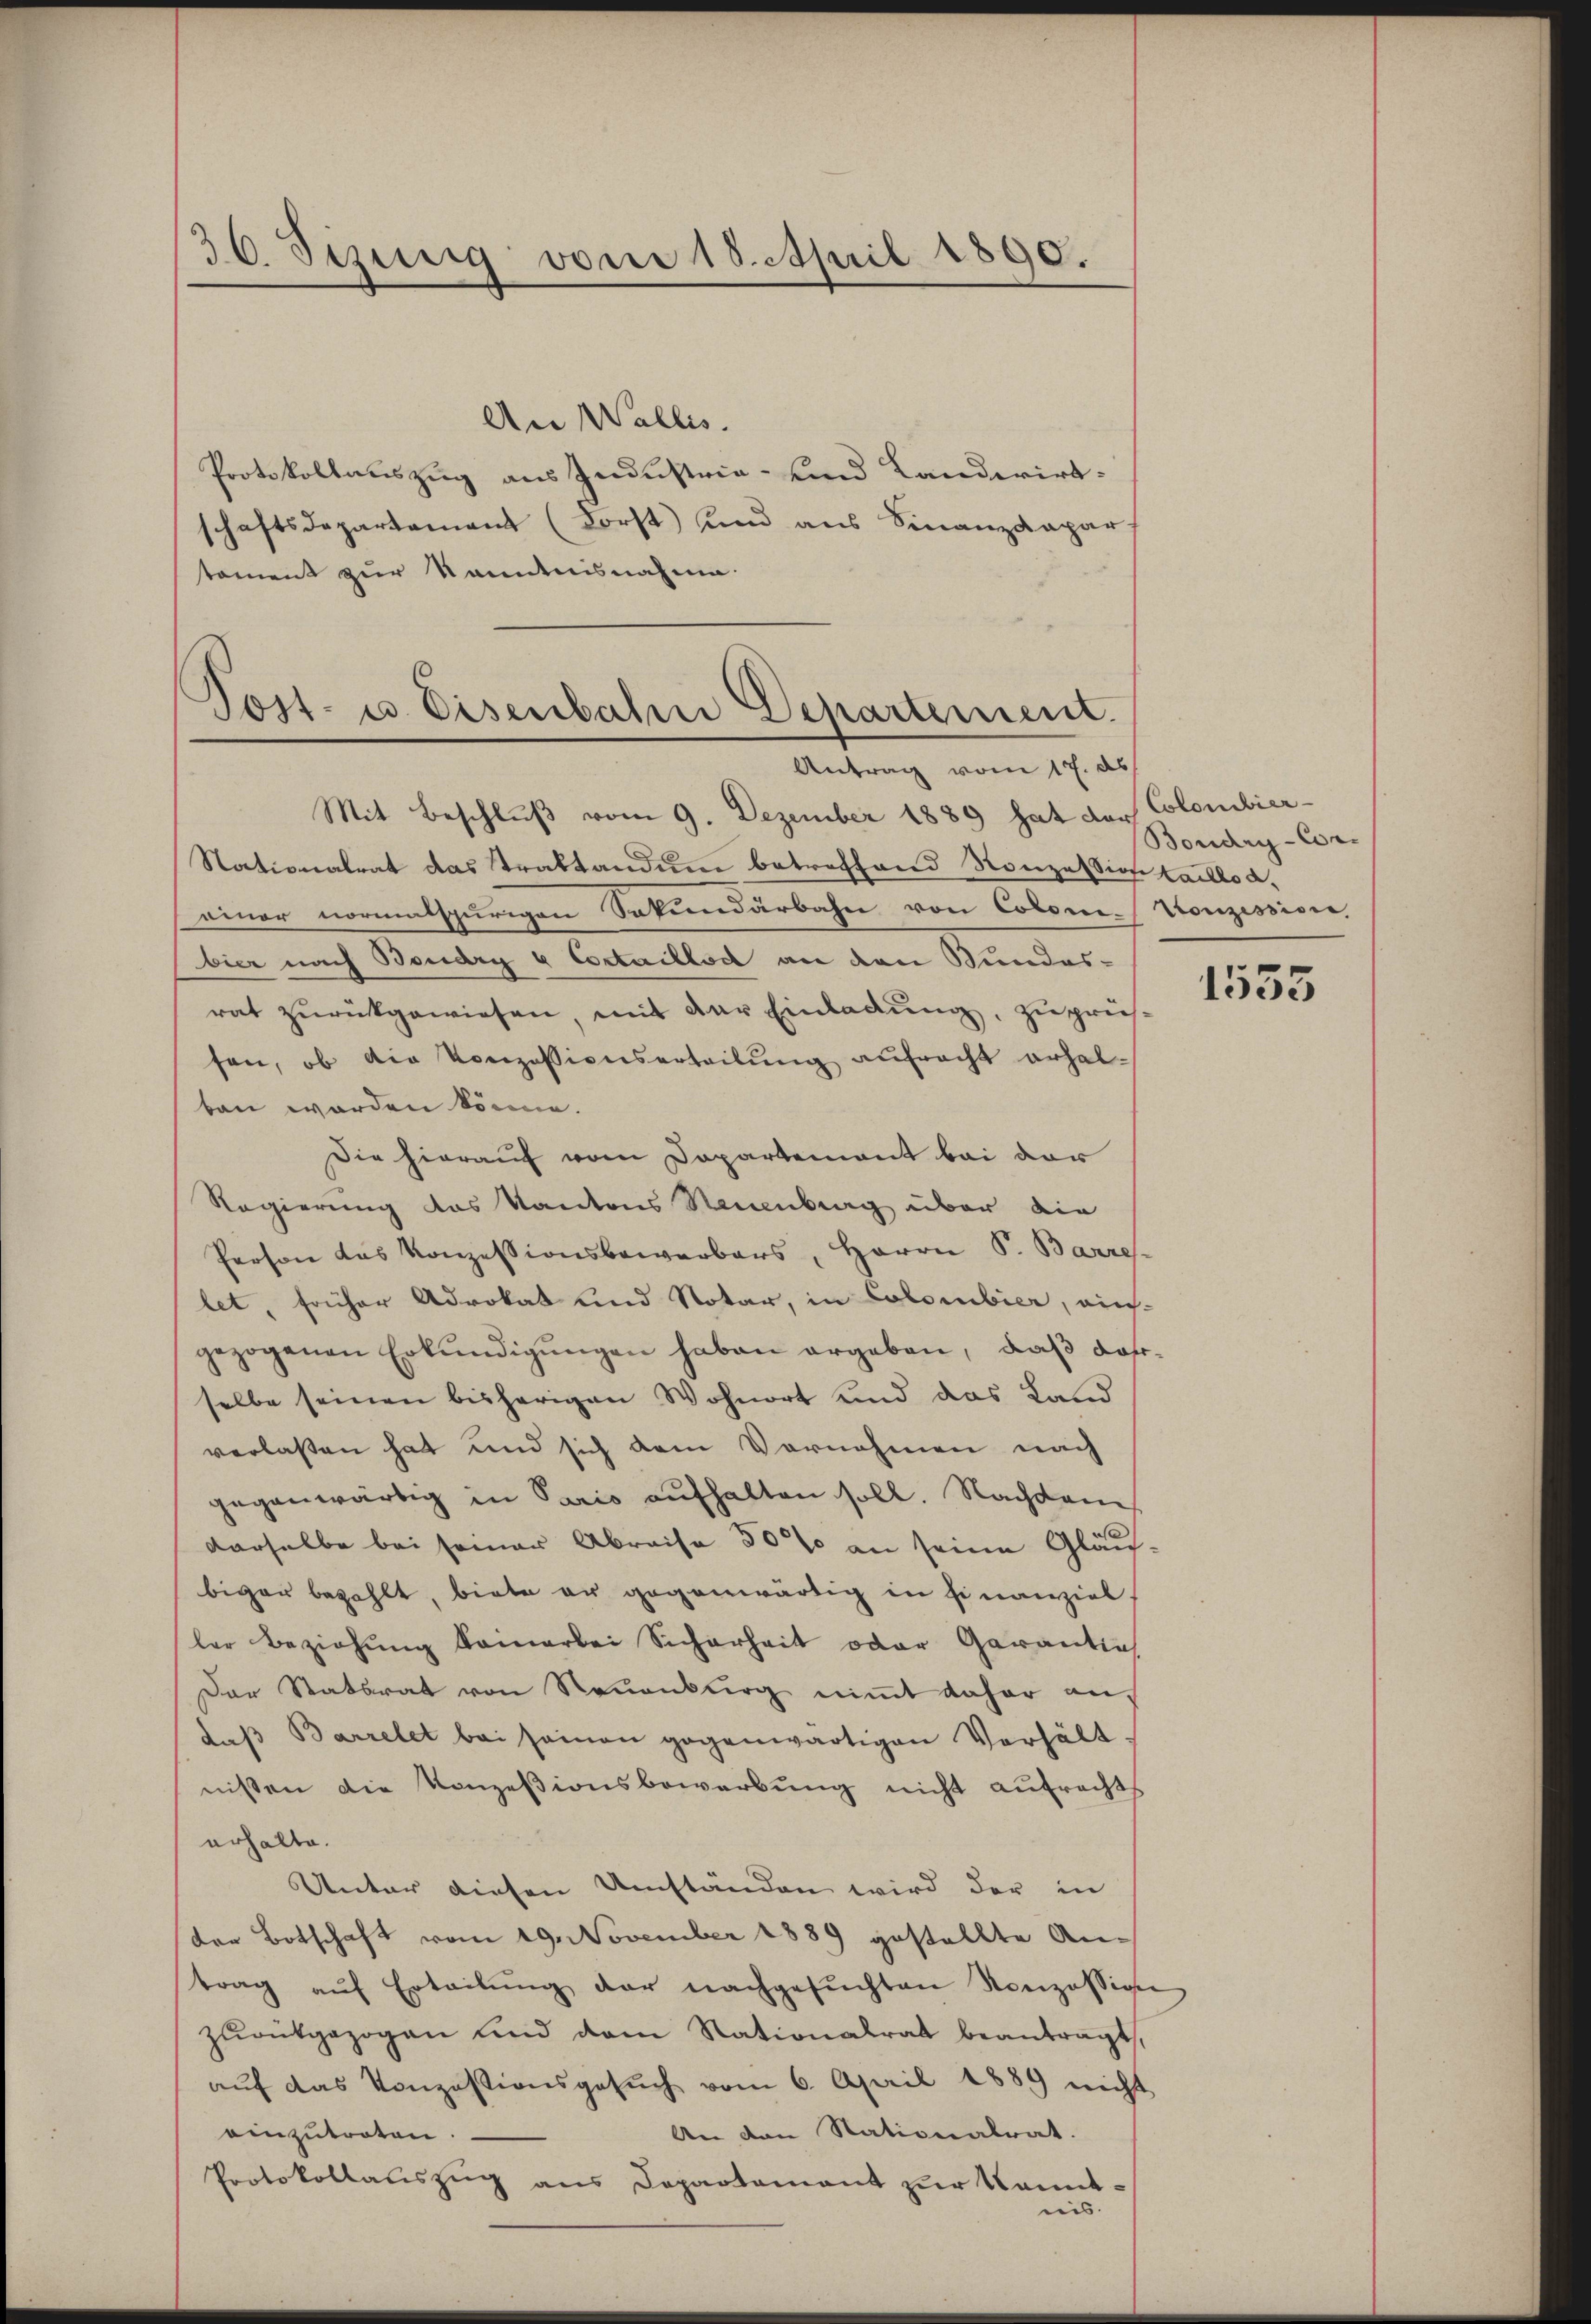
36 Sizung vom 18. April 1890.

An Wallis.
Protokollauszug aus Industria- und Landwirt-
schaftsdepartement (Forst) und aus Finanzdepar
toment zur Kenntnisnahme.
Post- u. Eisenbahrer Departement.

Antrag vom 17. ds

Mit Beschluß vom 9. Dezember 1889 hat der Colombier-
Nationalrat das Traktandum betreffend Konzession tailloaeiner normalspurigen Sekundärbahn von Colone-Konzessione,
bier nach Boudry 4 Cortaillod an den Bundesrat zurückgewiesen, mit der Einladung, zuprüssen, ob die Konzessionserteilung aufracht erhaltan worden könne.
Die hierauf vom Departement bei der
Regierung des Kantons Neuenburg über die
Person das Konzessionsbewerbers, Herrn P. Barre
let, früher Advokat und Notar, in Colombier, ein-
gezogenen Erkŭndigŭngen haben ergeben, daß darselbe seinen bisherigen Wohnort und das Land
verlaßen hat und sich dem Vornehmen nach
gegenwärtig in Paris aufhalten soll. Nachdem
derselbe bei seiner Abreise 50% an seine Gläubiger bezahlt, biete er gegenwärtig in Finanziel
ler Beziehŭng keinerbei Sicherheit oder Garantie
Der Statsrat von Neuenburg nimmt daher auf
daβ Barrelet bei seinen gegenwärtigen Verhält.
nißen die Konzesionsbewerbung nicht aufrechts
erhalte.
Unter diesen Umständen wird der in
der Botschaft vom 19. November 1889 gestellte Antrag aŭf Erteilŭng der nachgesŭchten Konzessigen
zurukgezogen und dem Nationalrat beantragt,
aŭf das Konzessionsgesŭch vom 6. April 1889 nicht
An den Stationalrat.
einzutreten.
Protokollaŭszŭg ans Departement zŭr kannt-
nis.

Boudry-Cor¬

1535